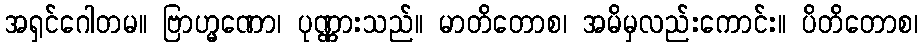
အရှင်ဂေါတမ။ ဗြာဟ္မဏော၊ ပုဏ္ဏားသည်။ မာတိတောစ၊ အမိမှလည်းကောင်း။ ပိတိတောစ၊